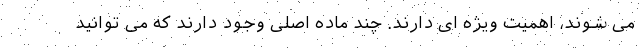
می شوند، اهمیت ویژه ای دارند. چند ماده اصلی وجود دارند که می توانید